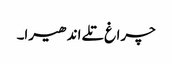
چراغ تلے اندھیرا۔